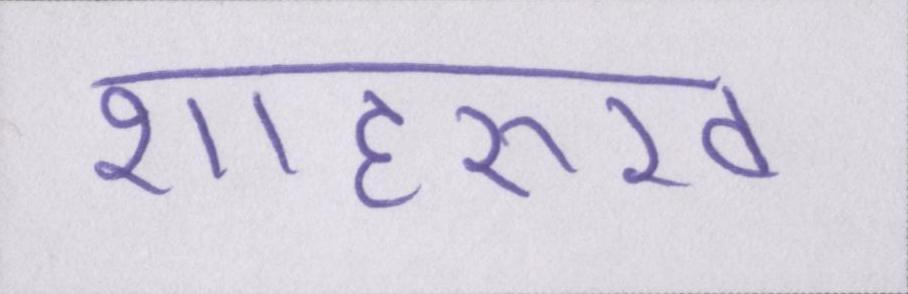
शाहरुख